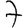
Digit: 7